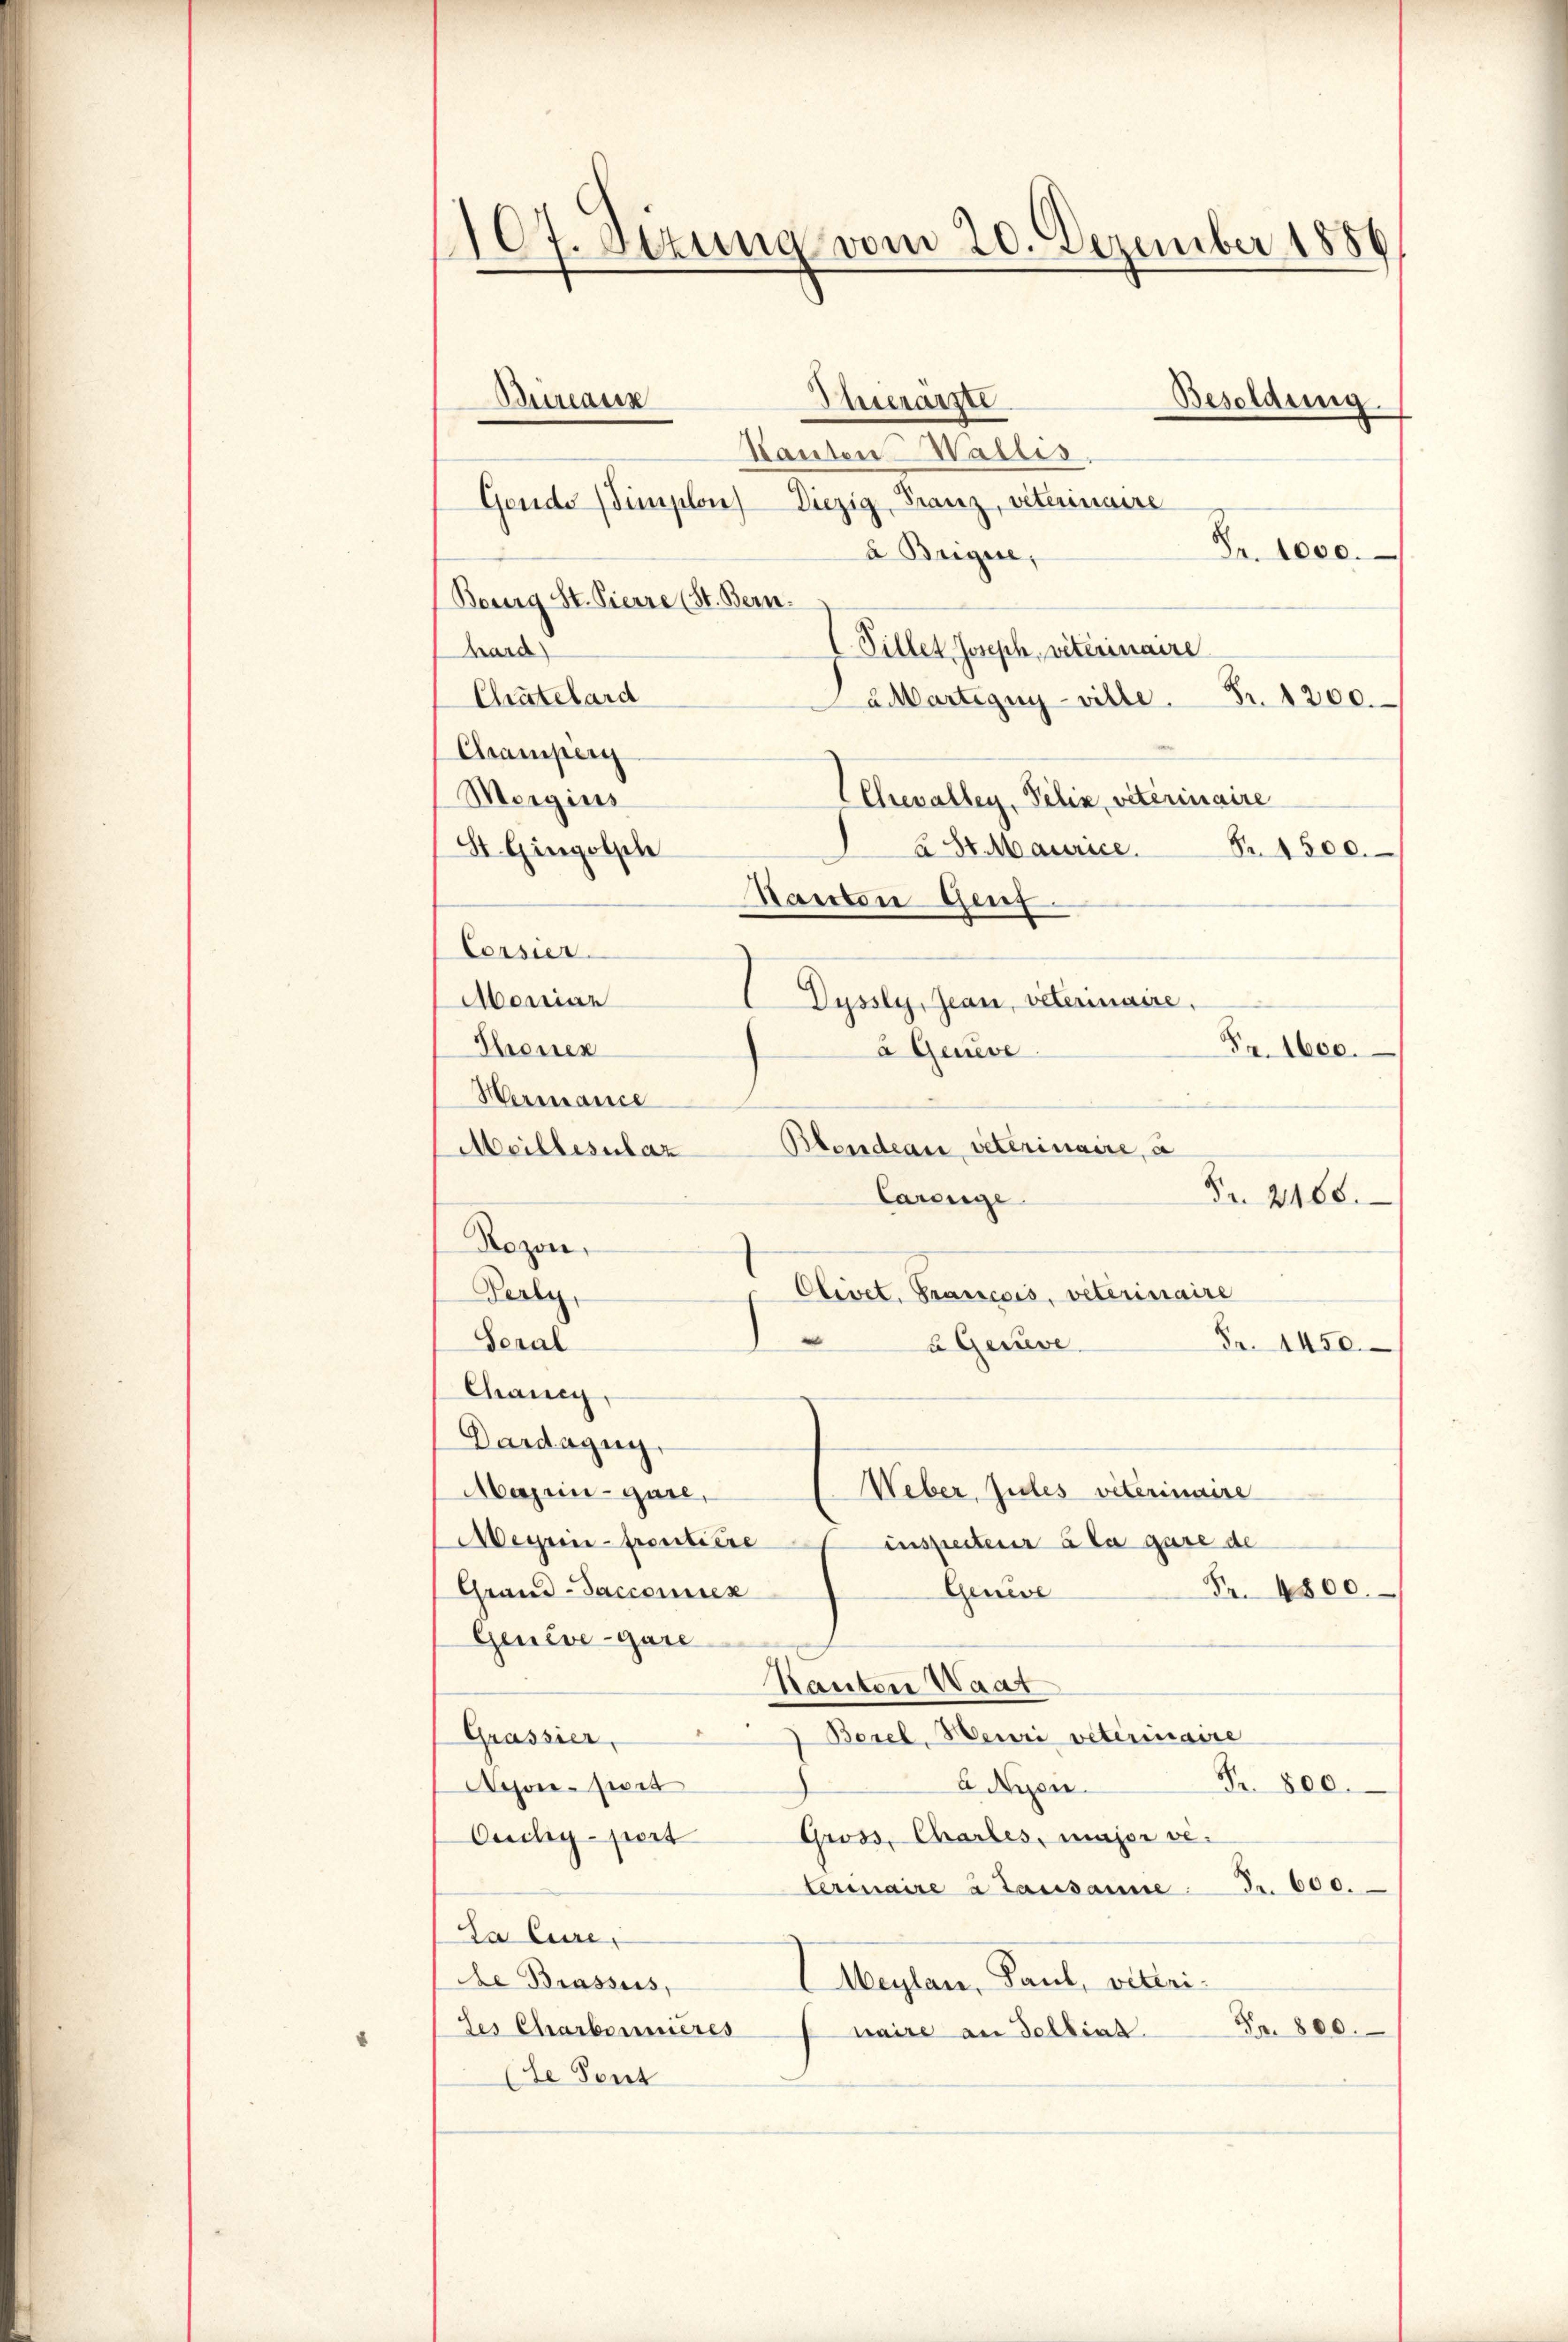
107. Sitzung vom 20. Dezember 1856

Bureaux
Thierarzte
Kauten Wallis.
Gonde (Simplon) Diezig, Franz, veterinaire
Fr. 1000.
à Bugue,
Bourg St. Pierre (St. Bern.
(Pillet Joseph, veterinaire
band
Chatelard
AMMartigny-ville. Fr. 1200.
Chramperg
Moigius
Chevalley, Pelin, veterinaire
St. Gingolsch
2 St. Maurice.
Nr. 1500.
Ranton Genf.
Corsier
Moniar
Dyssly, Jean, veterinaire.
Thonen
Fr. 1600.
à Geneve
Hermance
Blondean veterinaire, a
Meillesutaz
Fr. 2468.
Careige
Rezon,
Clivet. Francois, veterinaire
Perly
e
Seral
a Gerieve
Fr. 1450.
Chancy,
Dardazug,
Weber Zules veterinaire
Aasein - gare,
Meyrin-proutiere
inspecteur à la gare de
Grand-Saccomen
Fr. 4800.
Geneve
Genève-gare
Kanton Waat
Grassier
 Borel, Meuri veterinaire
A Nyon.
Nr. 800.
Nyon-sivit
Gross, Chartes, major ve
Cudlig-port
terinaire à Lausanne. Fr. 600.
a Eure,
Se Brassus,
Weylau, Paul, vielei¬
Fr. 800.
des Charbernières
naire an dellina.
e Sont

Besoldung.